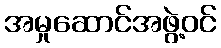
အမှုဆောင်အဖွဲ့ဝင်